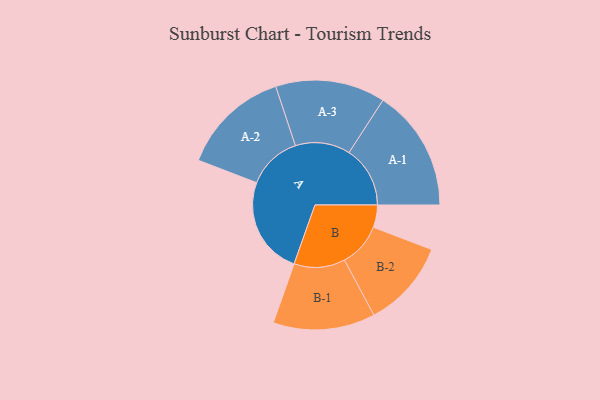
{"axis": {"x": "Segment", "y": "Value"}, "legend": ["", "A", "B"], "data": [{"x": "A", "y": 460, "type": ""}, {"x": "B", "y": 105, "type": ""}, {"x": "A-1", "y": 287, "type": "A"}, {"x": "A-2", "y": 255, "type": "A"}, {"x": "A-3", "y": 258, "type": "A"}, {"x": "B-1", "y": 240, "type": "B"}, {"x": "B-2", "y": 206, "type": "B"}]}